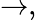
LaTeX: \rightarrow,